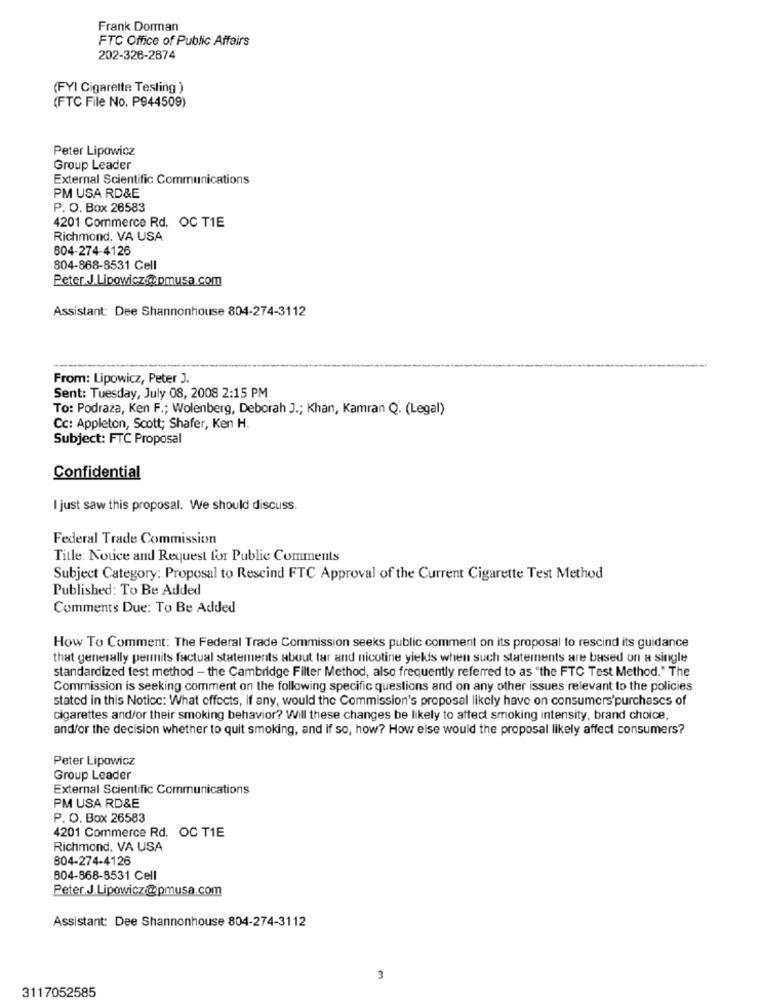
Frank Dorman
FTC Office of Public Affairs
202-326-2674
(FYI Cigarette Testing )
(FTC File No. P944509)
Peter Lipowicz
Group Leader
External Scientific Communications
PM USA RD&E
P. O. Box 26583
4201 Commerce Rd. OC T1E
Richmond, VA USA
804-274-4126
804-868-8531 Cell
Peter J.Lipowicz.@ pmusa.com
Assistant: Dee Shannonhouse 804-274-3112
From: Lipowicz, Peter J.
Sent: Tuesday, July 08, 2008 2:15 PM
To: Podraza, Ken F .; Wolenberg, Deborah J .; Khan, Kamran Q. (Legal)
Cc: Appleton, Scott; Shafer, Ken H.
Subject: FTC Proposal
Confidential
I just saw this proposal. We should discuss.
Federal Trade Commission
Title: Nouce and Request for Public Comments
Subject Category: Proposal to Rescind FTC Approval of the Current Cigarette Test Method
Published: To Be Added
Comments Due: To Be Added
How To Comment: The Federal Trade Commission seeks public comment on its proposal to rescind its guidance
that generally permits factual statements about tar and nicotine yields when such statements are based on a single
standardized test method - the Cambridge Filter Method, also frequently referred to as "the FTC Test Method." The
Commission is seeking comment on the following specific questions and on any other issues relevant to the policies
stated in this Notice: What effects, if any, would the Commission's proposal likely have on consumers'purchases of
cigarettes and/or their smoking behavior? Will these changes be likely to affect smoking intensity, brand choice,
and/or the decision whether to quit smoking, and if so, how? How else would the proposal likely affect consumers?
Peter Lipowicz
Group Leader
External Scientific Communications
PM USA RD&E
P. O. Box 26583
4201 Commerce Rd. OC T1E
Richmond, VA USA
804-274-4126
804-868-8531 Cell
Peter J.Lipowicz@pmusa.com
Assistant: Dee Shannonhouse 804-274-3112
3
3117052585